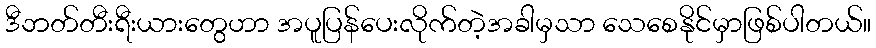
ဒီဘတ်တီးရီးယားတွေဟာ အပူပြန်ပေးလိုက်တဲ့အခါမှသာ သေစေနိုင်မှာဖြစ်ပါတယ်။